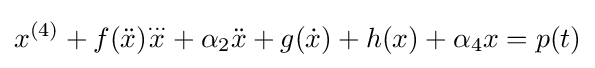
x^{(4)}+f({\ddot {x}}){\overset {...}{x}}+\alpha _{2}{\ddot {x}}+g({\dot {x}})+h(x)+\alpha _{4}x=p(t)